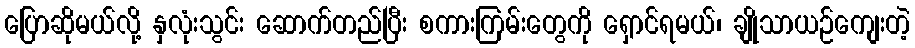
ပြောဆိုမယ်လို့ နှလုံးသွင်း ဆောက်တည်ပြီး စကားကြမ်းတွေကို ရှောင်ရမယ်၊ ချိုသာယဉ်ကျေးတဲ့